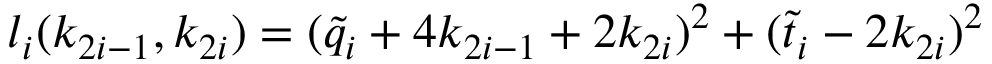
l _ { i } ( k _ { 2 i - 1 } , k _ { 2 i } ) = ( \tilde { q } _ { i } + 4 k _ { 2 i - 1 } + 2 k _ { 2 i } ) ^ { 2 } + ( \tilde { t } _ { i } - 2 k _ { 2 i } ) ^ { 2 }